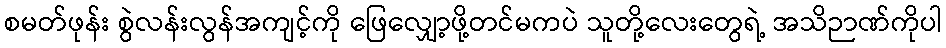
စမတ်ဖုန်း စွဲလန်းလွန်အကျင့်ကို ဖြေလျှော့ဖို့တင်မကပဲ သူတို့လေးတွေရဲ့ အသိဉာဏ်ကိုပါ